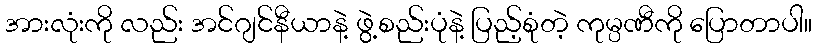
အားလုံးကို လည်း အင်ဂျင်နီယာနဲ့ ဖွဲ့စည်းပုံနဲ့ ပြည့်စုံတဲ့ ကုမ္ပဏီကို ပြောတာပါ။